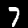
Label: 7